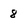
Character: 8